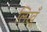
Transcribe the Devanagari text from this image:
लिखूँ